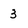
Character: 3